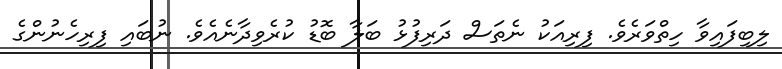
ލިބިފައިވާ ހިތްވަރެވެ. ފިރިއަކު ނެތަސް ދަރިފުޅު ބަލާ ބޮޑު ކުރެވިދާނެއެވެ. ނުބައި ފިރިހެނުންގެ